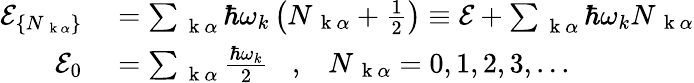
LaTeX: \begin{array}{rl}{\mathcal{E}_{\{ N_{\mathrm{~\mathbf~k~}\alpha}\} }}&{{}=\sum_{\mathrm{~\mathbf~k~}\alpha}\hbar\omega_{k}\left(N_{\mathrm{~\mathbf~k~}\alpha}+\frac{1}{2}\right)\equiv\mathcal{E}+\sum_{\mathrm{~\mathbf~k~}\alpha}\hbar\omega_{k}N_{\mathrm{~\mathbf~k~}\alpha}}\\ {\mathcal{E}_{0}}&{{}=\sum_{\mathrm{~\mathbf~k~}\alpha}\frac{\hbar\omega_{k}}{2}\; \; \; ,\; \; \; N_{\mathrm{~\mathbf~k~}\alpha}=0,1,2,3,...}\end{array}